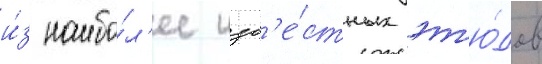
и́з наибо́л'ее изв'е́стных эт'ю́дов